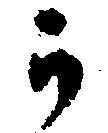
か